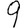
Digit: 9